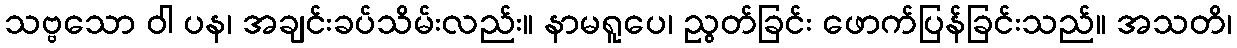
သဗ္ဗသော ဝါ ပန၊ အချင်းခပ်သိမ်းလည်း။ နာမရူပေ၊ ညွတ်ခြင်း ဖောက်ပြန်ခြင်းသည်။ အသတိ၊